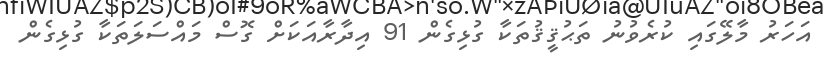
އަހަރު މާލޭގައި ކުރެވުނު ތަޙުޤީޤުތަކާ ގުޅިގެން 91 އިދާރާއަކަށް ގޮސް މައްސަލަތަކާ ގުޅިގެން